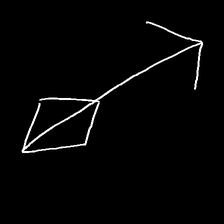
Glyph: focus